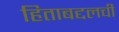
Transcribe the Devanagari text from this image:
हिताबद्दलची